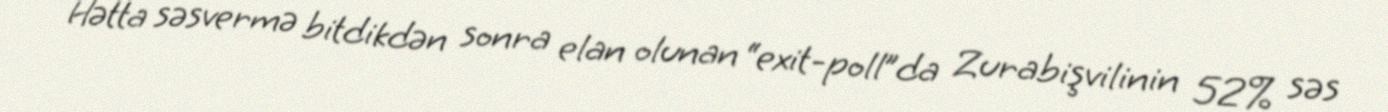
Hətta səsvermə bitdikdən sonra elan olunan “exit-poll”da Zurabişvilinin 52% səs